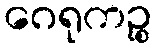
ဂေရုကဉ္စ